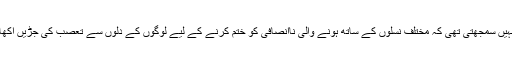
‏ مَیں اِس بات کو نہیں سمجھتی تھی کہ مختلف نسلوں کے ساتھ ہونے والی نااِنصافی کو ختم کرنے کے لیے لوگوں کے دلوں سے تعصب کی جڑیں اُکھاڑنا ضروری ہے۔